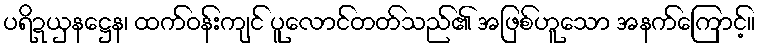
ပရိဍယှနဋ္ဌေန၊ ထက်ဝန်းကျင် ပူလောင်တတ်သည်၏ အဖြစ်ဟူသော အနက်ကြောင့်။